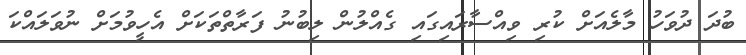
ބުދަ ދުވަހު މާލެއަށް ކުރި ވިއްސާރައިގައި ގެއްލުން ލިބުނު ފަރާތްތަކަށް އެހީވުމަށް ނުވަލައްކަ